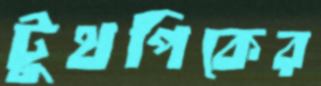
টুথপিকের